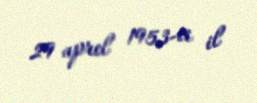
29 aprel 1953-ci il